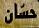
حسان